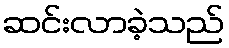
ဆင်းလာခဲ့သည်